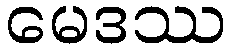
မေဒဿ